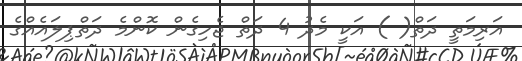
އަރިމަތީ ދަތް( ) އަކީ މެދު 4 ދަތް ޖެހިގެން ކޮންމެ ދަތްޕިލައެއްގެ